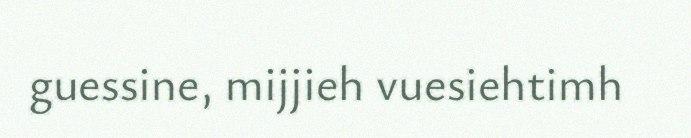
guessine, mijjieh vuesiehtimh